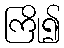
ကြို၍